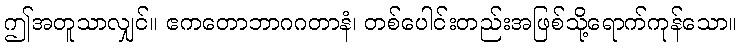
ဤအတူသာလျှင်။ ဧကတောဘာဂဂတာနံ၊ တစ်ပေါင်းတည်းအဖြစ်သို့ရောက်ကုန်သော။